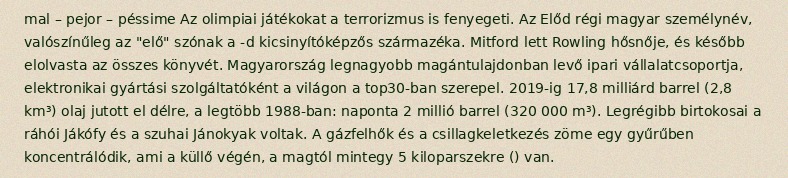
mal – pejor – péssime Az olimpiai játékokat a terrorizmus is fenyegeti. Az Előd régi magyar személynév, valószínűleg az "elő" szónak a -d kicsinyítóképzős származéka. Mitford lett Rowling hősnője, és később elolvasta az összes könyvét. Magyarország legnagyobb magántulajdonban levő ipari vállalatcsoportja, elektronikai gyártási szolgáltatóként a világon a top30-ban szerepel. 2019-ig 17,8 milliárd barrel (2,8 km³) olaj jutott el délre, a legtöbb 1988-ban: naponta 2 millió barrel (320 000 m³). Legrégibb birtokosai a ráhói Jákófy és a szuhai Jánokyak voltak. A gázfelhők és a csillagkeletkezés zöme egy gyűrűben koncentrálódik, ami a küllő végén, a magtól mintegy 5 kiloparszekre () van.